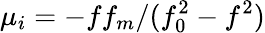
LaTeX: \mu_{i}=-ff_{m}/(f_{0}^{2}-f^{2})